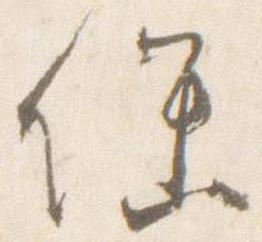
保